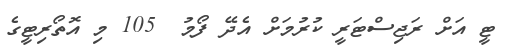
ޓީ އަށް ރަޖިސްޓަރީ ކުރުމަށް އެދޭ ފޯމު  105 މި އޮތޯރިޓީގެ